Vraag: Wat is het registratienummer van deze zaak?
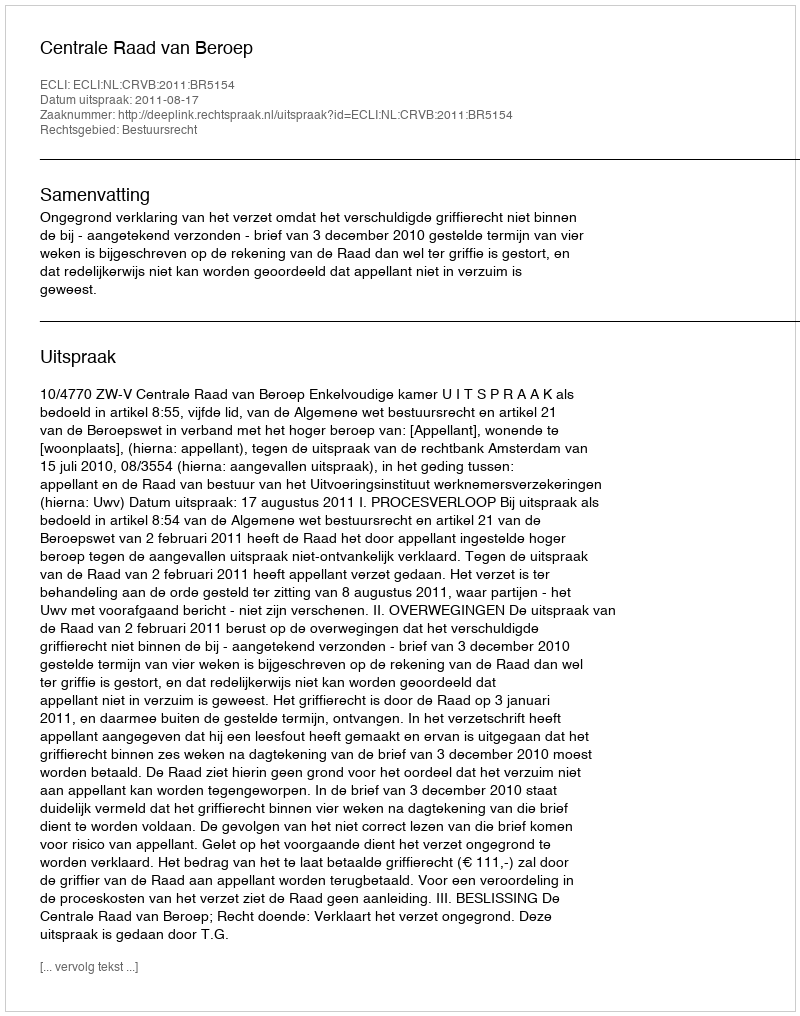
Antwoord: http://deeplink.rechtspraak.nl/uitspraak?id=ECLI:NL:CRVB:2011:BR5154